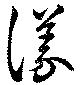
儀